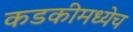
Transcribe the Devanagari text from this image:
कडकीमध्येच